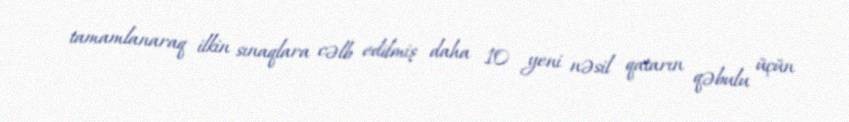
tamamlanaraq ilkin sınaqlara cəlb edilmiş daha 10 yeni nəsil qatarın qəbulu üçün